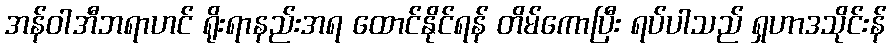
အန်ဝါအီဘရာဟင် ရိုးရာနည်းအရ ထောင်နိုင်ရန် တိမ်ကောပြီး ရပ်ပါသည် ရှဟာဒသိုင်းန်